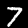
Label: 7